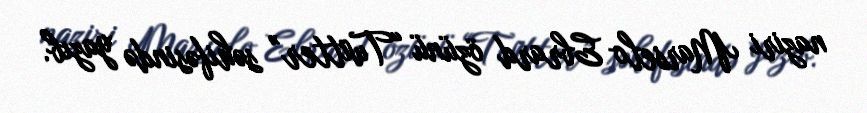
naziri Marselo Ebrard özünü “Twitter” səhifəsində yazıb.